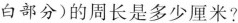
白部分)的周长是多少厘米?